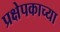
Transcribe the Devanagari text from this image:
प्रक्षेपकाच्या